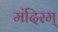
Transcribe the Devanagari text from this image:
मंदिरम्‌